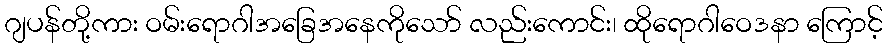
ဂျပန်တို့ကား ဝမ်းရောဂါအခြေအနေကိုသော် လည်းကောင်း၊ ထိုရောဂါဝေဒနာ ကြောင့်